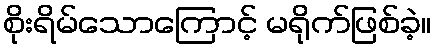
စိုးရိမ်သောကြောင့် မရိုက်ဖြစ်ခဲ့။